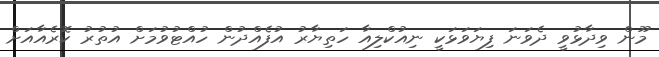
މޫން ވިދާޅުވީ ދެވަނަ ފިޔަވަޅަކީ ނިއުކްލިއާ ހަތިޔާރު އުފެއްދުން ހުއްޓުވުމަށް އުތުރު ކޮރެއާއަށް